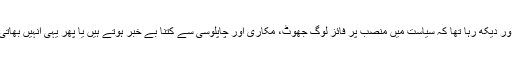
میں بھی وہاں موجود تھا اور دیکھ رہا تھا کہ سیاست میں منصب پر فائز لوگ جھوٹ، مکاری اور چاپلوسی سے کتنا بے خبر ہوتے ہیں یا پھر یہی انہیں بھاتی ہے یہ تو اللہ بہترجانے؟